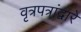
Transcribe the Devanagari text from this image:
वृत्रपत्रांद्वारे